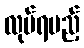
လုပ်ရမည့်